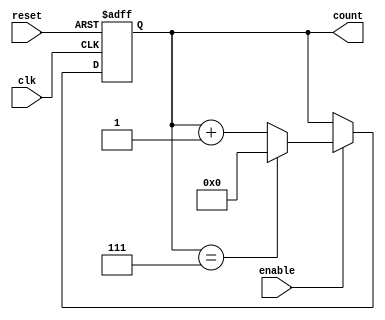
module Modulo_N_Up_Counter (
    input wire clk,
    input wire reset,
    input wire enable,
    output reg [N-1:0] count
);

parameter N = 8; // define the maximum count value

always @(posedge clk or posedge reset) begin
    if (reset) begin
        count <= 0;
    end else begin
        if (enable) begin
            if (count == N-1) begin
                count <= 0;
            end else begin
                count <= count + 1;
            end
        end
    end
end

endmodule